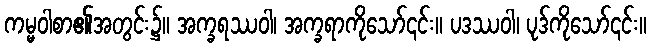
ကမ္မဝါစာ၏အတွင်း၌။ အက္ခရဿဝါ၊ အက္ခရာကိုသော်၎င်း။ ပဒဿဝါ၊ ပုဒ်ကိုသော်၎င်း။